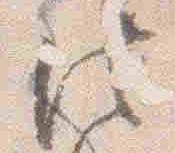
法